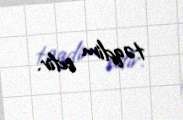
təqdim edir.